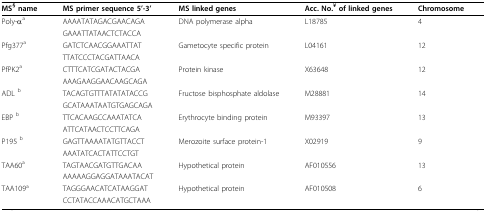
| MS§ name | MS primer sequence 5'-3' | MS linked genes | Acc. No.¥ of linked genes | Chromosome |
 | --- | --- | --- | --- | --- |
 | Poly-αa | AAAATATAGACGAACAGA | DNA polymerase alpha | L18785 | 4 |
 |  | GAAATTATAACTCTACCA |  |  |  |
 | Pfg377a | GATCTCAACGGAAATTAT | Gametocyte specific protein | L04161 | 12 |
 |  | TTATCCCTACGATTAACA |  |  |  |
 | PfPK2a | CTTTCATCGATACTACGA | Protein kinase | X63648 | 12 |
 |  | AAAGAAGGAACAAGCAGA |  |  |  |
 | ADL b | TACAGTGTTTATATATACCG | Fructose bisphosphate aldolase | M28881 | 14 |
 |  | GCATAAATAATGTGAGCAGA |  |  |  |
 | EBP b | TTCACAAGCCAAATATCA | Erythrocyte binding protein | M93397 | 13 |
 |  | ATTCATAACTCCTTCAGA |  |  |  |
 | P195 b | GAGTTAAAATATGTTACCT | Merozoite surface protein-1 | X02919 | 9 |
 |  | AAATATCACTATTCCTGT |  |  |  |
 | TAA60a | TAGTAACGATGTTGACAA | Hypothetical protein | AF010556 | 13 |
 |  | AAAAAGGAGGATAAATACAT |  |  |  |
 | TAA109a | TAGGGAACATCATAAGGAT | Hypothetical protein | AF010508 | 6 |
 |  | CCTATACCAAACATGCTAAA |  |  |  |